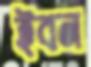
ইবন